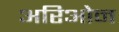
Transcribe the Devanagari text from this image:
अरिओन